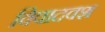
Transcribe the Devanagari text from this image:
विवादवश